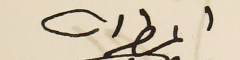
المطران